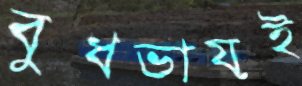
বুধভায়ই